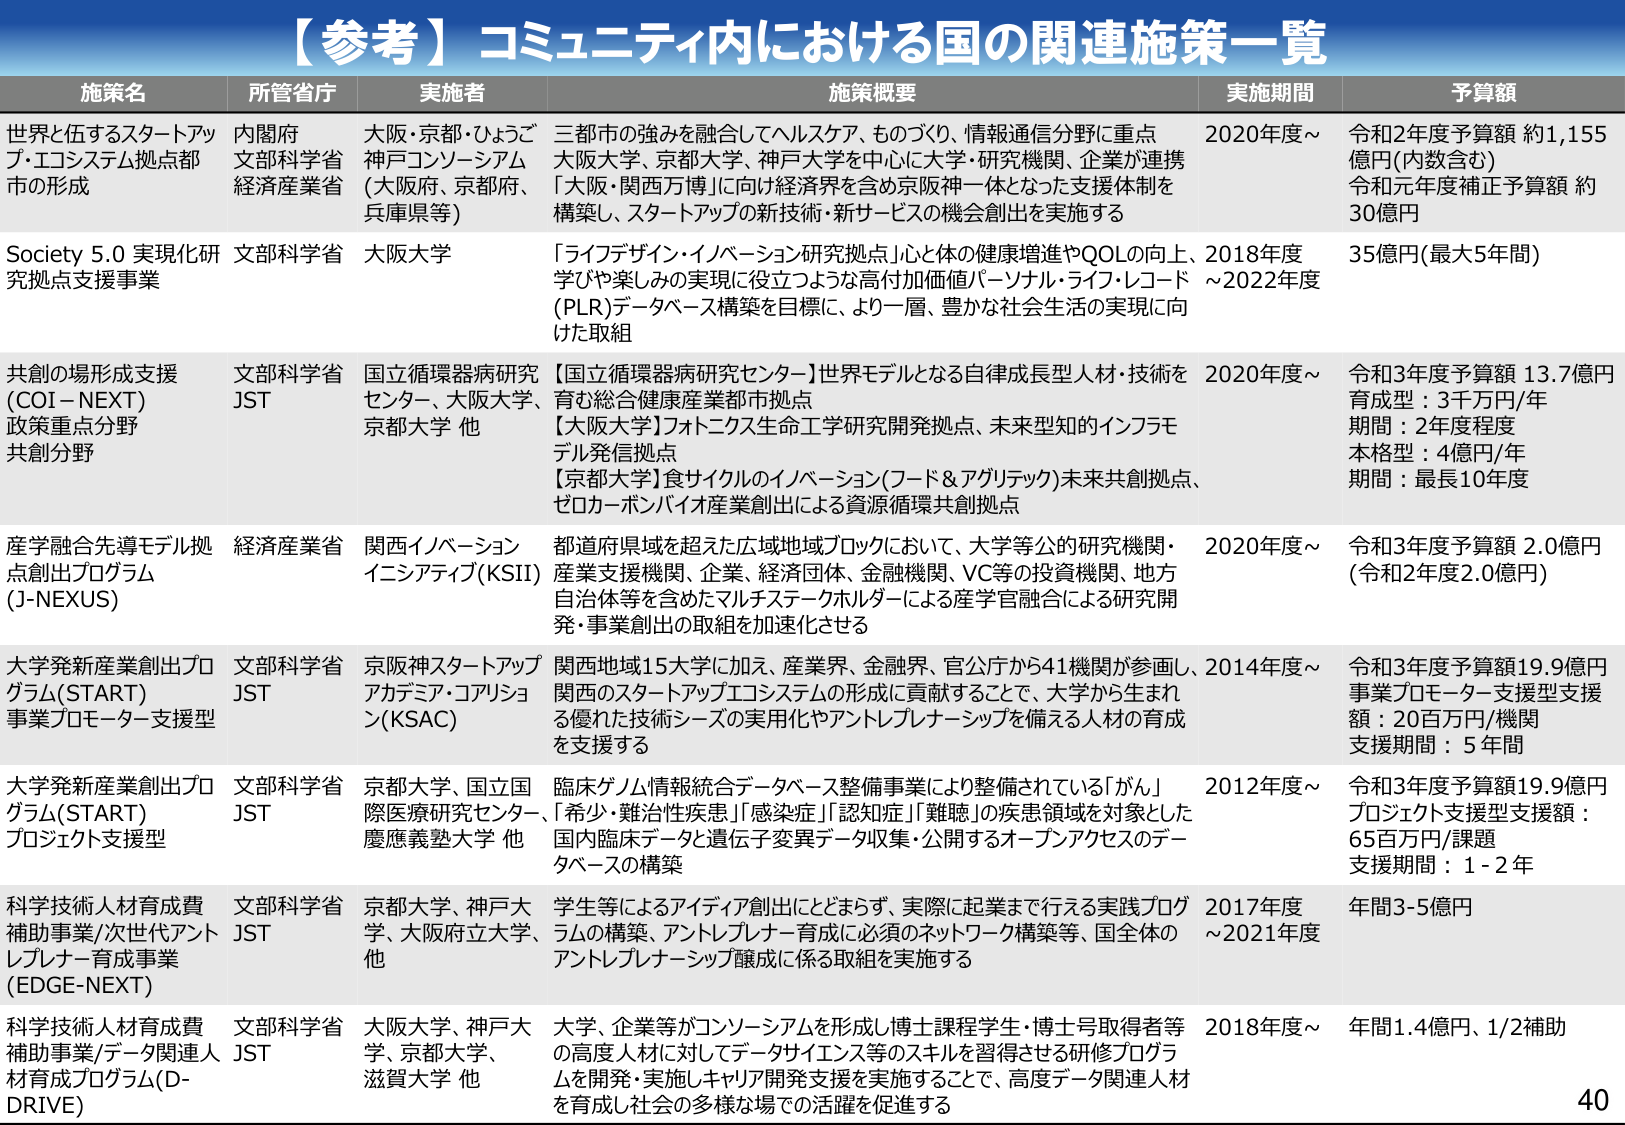
【参考】コミュニティ内における国の関連施策一覧

施策名　　　　　　　　　所管省庁　　　　　実施者